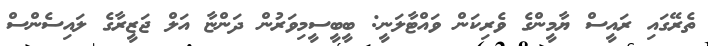
ތެރޭގައި ރައީސް ޔާމީންގެ ވެރިކަން ވައްޓާލަނީ: ބީބީސީމިވަރުން ދަންޏާ އަލް ޖަޒީރާގެ ލައިސެންސް